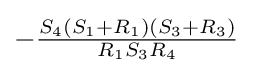
-{\tfrac {S_{4}(S_{1}+R_{1})(S_{3}+R_{3})}{R_{1}S_{3}R_{4}}}